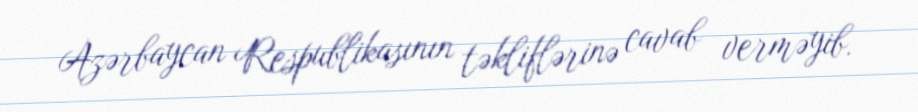
Azərbaycan Respublikasının təkliflərinə cavab verməyib.